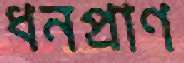
ধনপ্রাণ